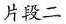
片段二